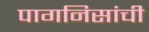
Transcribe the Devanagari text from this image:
पागनिसांची